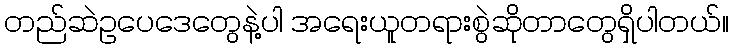
တည်ဆဲဥပေဒေတွေနဲ့ပါ အရေးယူတရားစွဲဆိုတာတွေရှိပါတယ်။